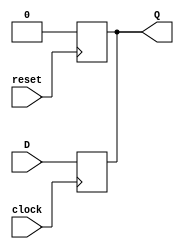
module d_flip_flop(
    input wire D,       // Data input
    input wire clock,   // Clock signal
    input wire reset,   // Reset signal
    output reg Q        // Output signal
);

    // Initialize the output signal
    always @(posedge reset)
        Q <= 1'b0;

    // Update the output signal on the positive edge of the clock signal
    always @(posedge clock)
        Q <= D;

endmodule